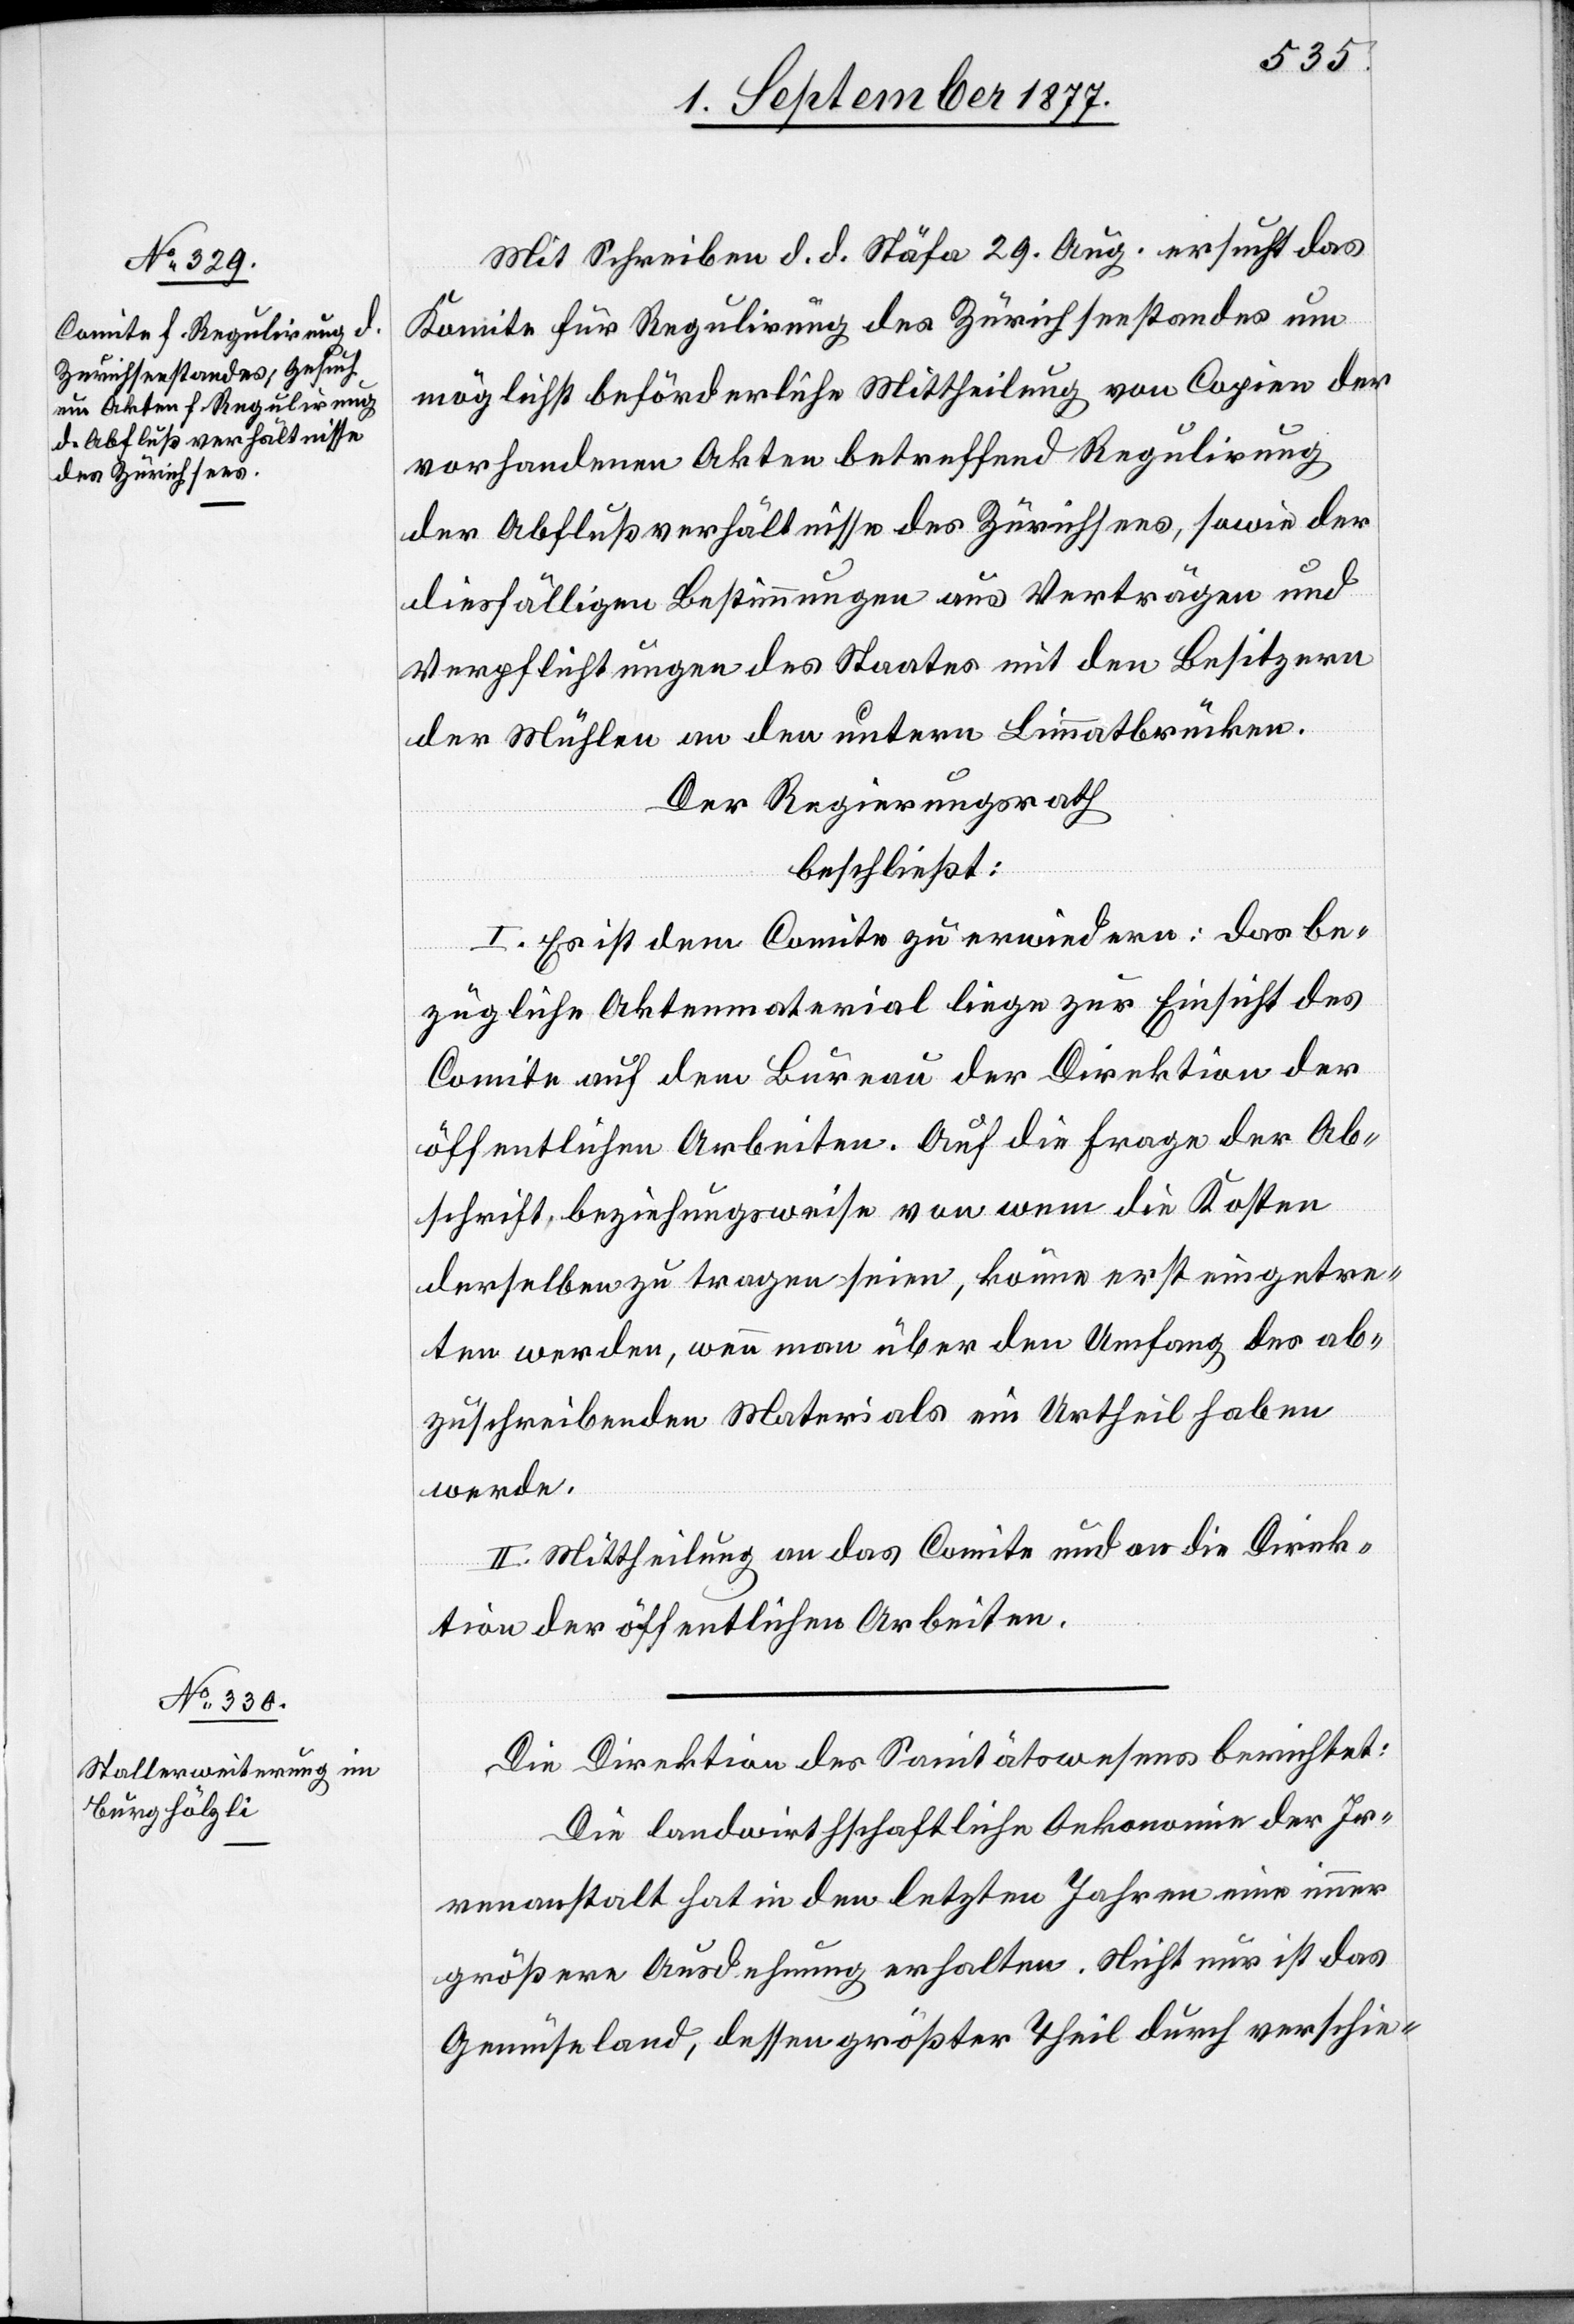
Mit Schreiben d. d. Stäfa 29. Aug. ersucht das
Komite für Regulirung des Zürichseestandes um
möglichst beförderliche Mittheilung von Copien der
vorhandenen Akten betreffend Regulirung
der Abflußverhältnisse des Zürichsees, sowie der
diesfälligen Bestimmungen aus Verträgen und
Verpflichtungen des Staates mit den Besitzern
der Mühlen an den untern Limmatbrücken.
Der Regierungsrath
beschließt:
I. Es ist dem Comite zu erwiedern: das be¬
zügliche Aktenmaterial liege zur Einsicht des
Comite auf dem Bureau der Direktion der
öffentlichen Arbeiten. Auf die Frage der Ab¬
schrift, beziehungsweise von wem die Kosten
derselben zu tragen seien, könne erst eingetre¬
ten werden, wenn man über den Umfang des ab¬
zuschreibenden Materials ein Urtheil haben
werde.
II. Mittheilung an das Comite und an die Direk¬
tion der öffentlichen Arbeiten.
Die Direktion des Sanitätswesens berichtet:
Die landwirthschaftliche Oekonomie der Ir¬
renanstalt hat in den letzten Jahren eine immer
größere Ausdehnung erhalten. Nicht nur ist das
Gemüseland, dessen größter Theil durch verschie-